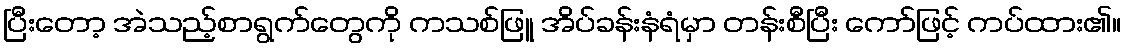
ပြီးတော့ အဲသည့်စာရွက်တွေကို ကသစ်ဖြူ အိပ်ခန်းနံရံမှာ တန်းစီပြီး ကော်ဖြင့် ကပ်ထား၏။